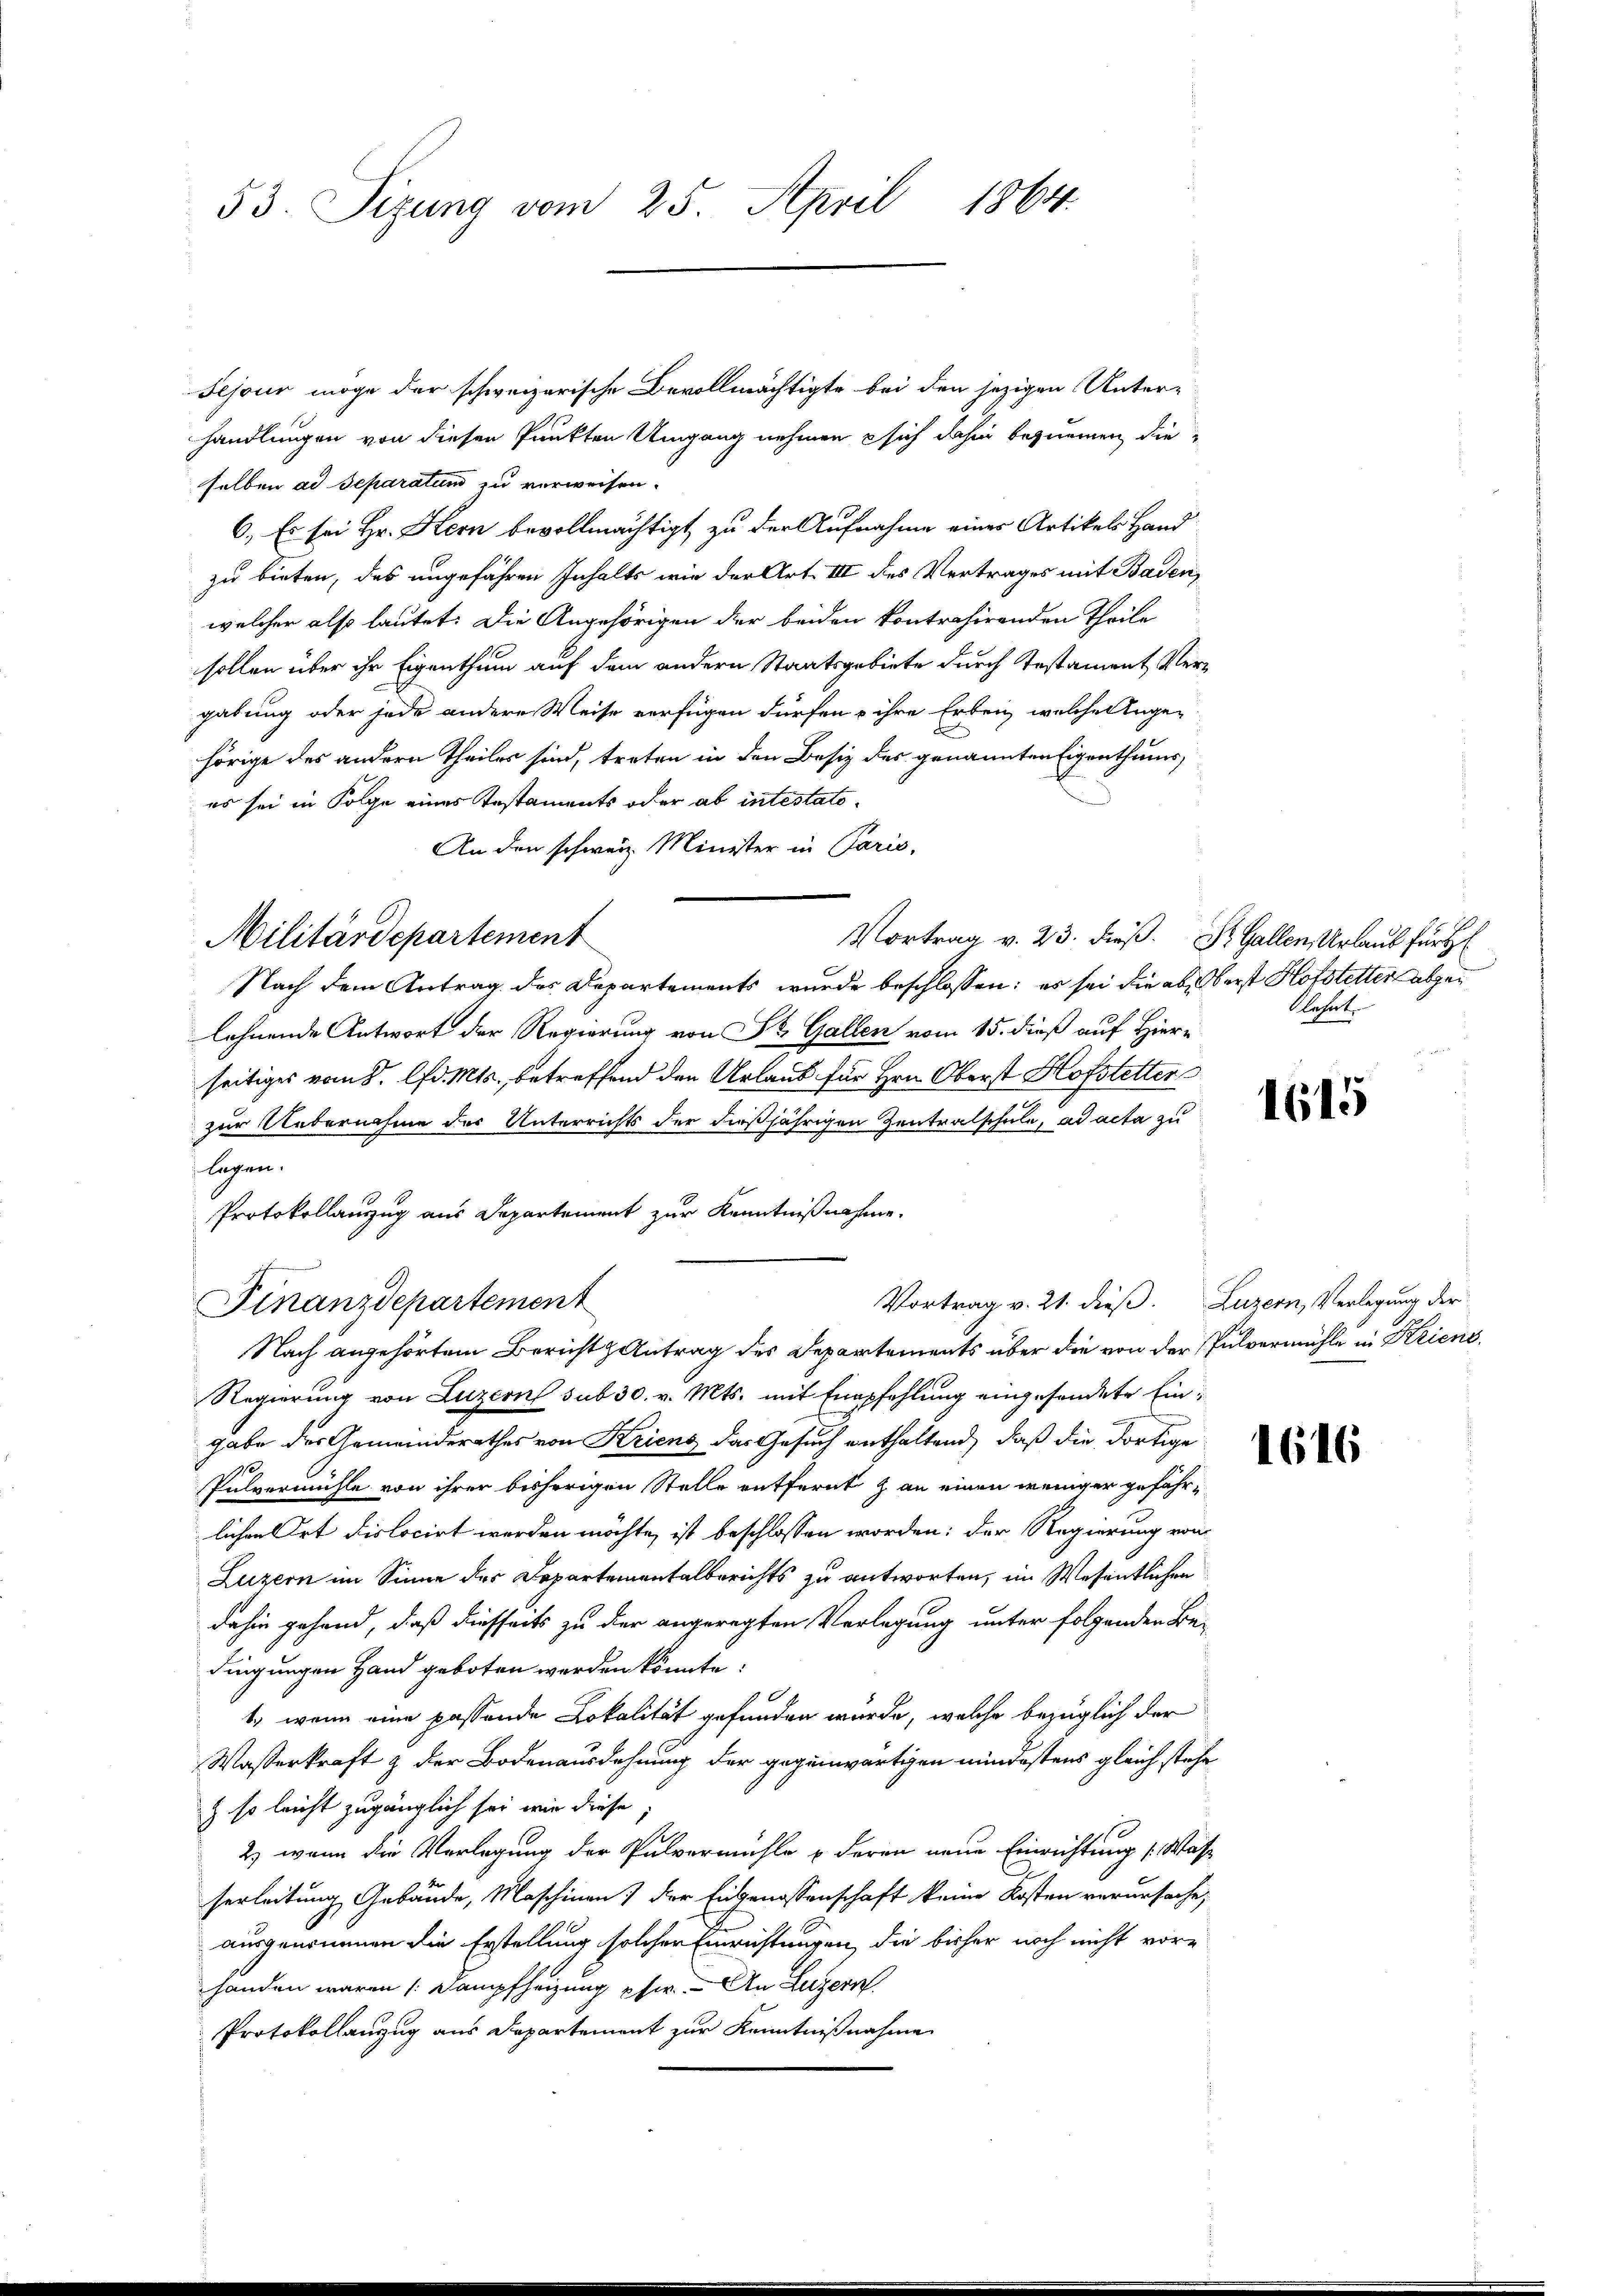
53. Sizung vom 25. April 1864.

Sejour möge der schweizerische Bevollmächtigte bei den jezigen Unter-
handlungen von diesen Punkten Umgang nehmen sich dahin beziemen die
selben ad Separatum zu verweisen.
6., Es sei Hr. Hern bevollmächtigt, zu der Aufnahme eines Artikels Hand
zu bieten, das ungefähren Inhalts wie der Art. III des Vertrages mit Baden,
welcher also lautet: Die Angehörigen der beiden kontrahirenden Theile
sollen über ihr Eigenthum auf dem andern Staatsgebiete durch Testament, Vergabung oder jede andere Weise verfügen dürfen & ihre Erben, welche Ange-
hörige des andern Theiles sind, treten in den Besiz des genannten Eigenthums,
3
es sei in Folge eines Testaments oder ab intestato¬
An den schweiz. Minister in Paris,
Vortrag v. 23. dieß. Dr. Gallen, Urlaub für H
Nach dem Antrag des Departements wurde beschlossen; es sei die als oberst Hofstetter abgelehnende Antwort der Regierung von St. Gallen vom 15. dieß auf Hier-
seitiges vom 8. lfd. Mts., betreffend den Urlaub für Hrn. Oberst Hofstetters
zur Uebernahme der Unterrichts der dießjährigen Zentralschule, ad acta zu
legen.
Protokollauszug aus Departement zur Kenntnißnahme.
Vortrag v. 21. dieß. Luzern, Verlegung der
Finanzdepartement
Nach angehörtem Bericht Antrag des Departements über die von der Pulvermühle in Kriens¬
Regierung von Luzern sub 30. v. Mts. mit Empfehlung eingesendete Eingabe des Gemeinderathes von Kriens das Gesuch enthaltend, daß die dortige
Pulvermühle von ihrer bisherigen Stelle entfernt & an einen weniger gefähr-
lichen Ort dislocirt werden möchte, ist beschlossen worden; der Regierung von
Luzern im Sinne der Departementalberichts zu antworten, im Wesentlichen
dahin gehand, daß diesseits zu der angeregten Verlegung unter folgenden Be-
dingungen Hand geboten werden könnte.
6
1.) wenn eine passende Lokalität gefunden wurde, welche bezüglich der
Wasserkraft & der Bodenausdehnung der gegenwärtigen mindestens gleich stehe
) so leicht zugänglich sei wir diese
2) wenn die Verlegung der Pulvermühle u deren neue Einrichtung (Was
herleitung Gebäude, Maschinen der Eigenossenschaft keine Kosten verursache,
ausgenommen die Erstellung solcher Einrichtungen, die bisher noch nicht vore
handen waren (Dampfheizung pfer. - An Luzern
Protokollanzug aus Departement zur Kenntnißnahme

Militärdepartement

lehnt.

1615

1616